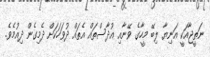
ނަތީޖާއަކީ އަނިޔާ ލިބޭ މީހާގެ ވޭނާއި އުދާސްތައް އެތައް ދުވަހަކަށް ދެމިގެން ދިއުމެވެ.